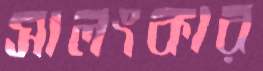
সালংকার